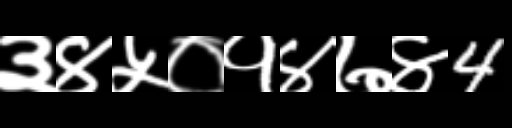
Text: ३४५०१४७४4